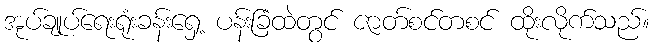
အုပ်ချုပ်ရေးရုံးခန်းရှေ့ ပန်းခြံထဲတွင် ဇာတ်စင်တစင် ထိုးလိုက်သည်။